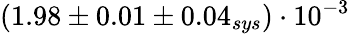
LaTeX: (1.98\pm 0.01\pm 0.04_{sys})\cdot 10^{-3}